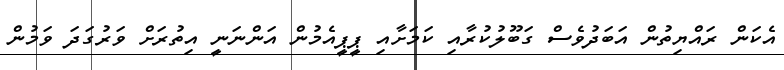
އެކަން ރައްޔިތުން އަބަދުވެސް ގަބޫލުކުރާއި ކަމަށާއި ޕީޕީއެމުން އަންނަނީ އިތުރަށް ވަރުގަދަ ވަމުން